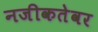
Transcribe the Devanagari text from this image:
नजीकतेवर